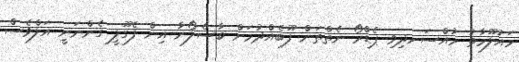
މައުލޫމާތު މުއްސަނދިވި ޕެޑްރޯ ނެތްތަން ފޫބެއްދުމަށް ބާސެލޯނާ އިން ފެގޫލީ ގެންނަނީ އަލްވެސް